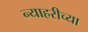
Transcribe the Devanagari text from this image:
न्याहरीच्या